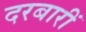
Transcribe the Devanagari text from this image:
दरबारीं